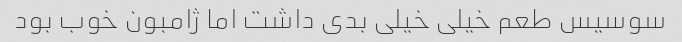
سوسیس طعم خیلی خیلی بدی داشت اما ژامبون خوب بود